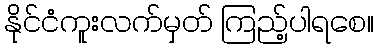
နိုင်ငံကူးလက်မှတ် ကြည့်ပါရစေ။